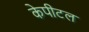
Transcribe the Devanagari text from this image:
केपीटल